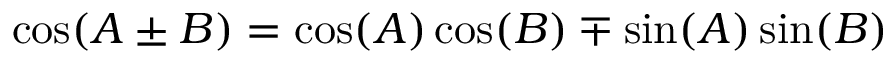
\cos ( A \pm B ) = \cos ( A ) \cos ( B ) \mp \sin ( A ) \sin ( B )